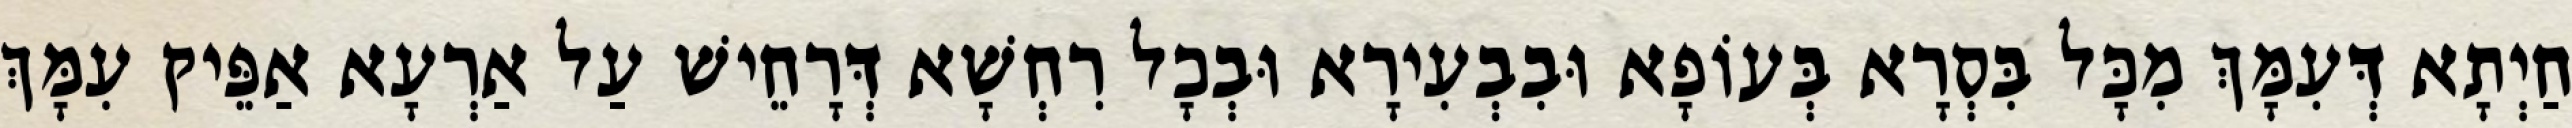
חַיְתָא דְּעִמָּךְ מִכָּל בִּסְרָא בְּעוֹפָא וּבִבְעִירָא וּבְכָל רִחְשָׁא דְּרָחֵישׁ עַל אַרְעָא אַפֵּיק עִמָּךְ